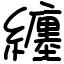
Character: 纏